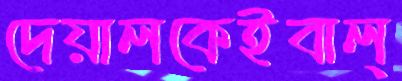
দেয়ালকেইবাল্